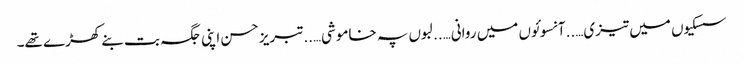
سسکیوں میں تیزی…..آنسوئوں میں روانی…..لبوں پہ خاموشی…..تبریز حسن اپنی جگہ بت بنے کھڑے تھے۔